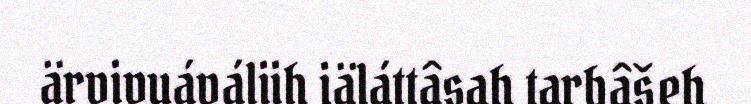
ärvivuáváliih iäláttâsah tarbâšeh